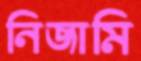
নিজামি